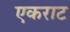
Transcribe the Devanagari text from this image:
एकराट